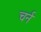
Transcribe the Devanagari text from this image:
चर्न